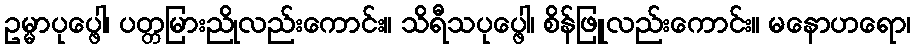
ဥမ္မာပုပ္ဖေါ၊ ပတ္တမြားညိုလည်းကောင်း။ သိရီသပုပ္ဖေါ၊ စိန်ဖြူလည်းကောင်း။ မနောဟရော၊